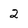
Character: 2